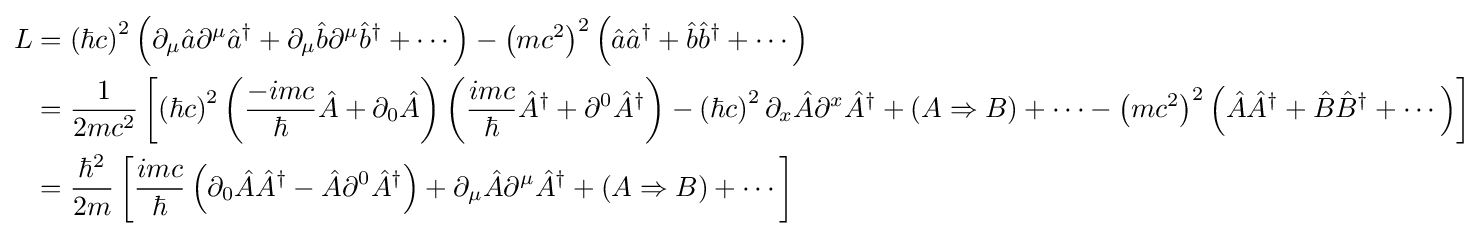
{\begin{aligned}L&=\left(\hbar c\right)^{2}\left(\partial _{\mu }{\hat {a}}\partial ^{\mu }{\hat {a}}^{\dagger }+\partial _{\mu }{\hat {b}}\partial ^{\mu }{\hat {b}}^{\dagger }+\cdots \right)-\left(mc^{2}\right)^{2}\left({\hat {a}}{\hat {a}}^{\dagger }+{\hat {b}}{\hat {b}}^{\dagger }+\cdots \right)\\&={\frac {1}{2mc^{2}}}\left[\left(\hbar c\right)^{2}\left({\frac {-imc}{\hbar }}{\hat {A}}+\partial _{0}{\hat {A}}\right)\left({\frac {imc}{\hbar }}{\hat {A}}^{\dagger }+\partial ^{0}{\hat {A}}^{\dagger }\right)-\left(\hbar c\right)^{2}\partial _{x}{\hat {A}}\partial ^{x}{\hat {A}}^{\dagger }+(A\Rightarrow B)+\cdots -\left(mc^{2}\right)^{2}\left({\hat {A}}{\hat {A}}^{\dagger }+{\hat {B}}{\hat {B}}^{\dagger }+\cdots \right)\right]\\&={\frac {\hbar ^{2}}{2m}}\left[{\frac {imc}{\hbar }}\left(\partial _{0}{\hat {A}}{\hat {A}}^{\dagger }-{\hat {A}}\partial ^{0}{\hat {A}}^{\dagger }\right)+\partial _{\mu }{\hat {A}}\partial ^{\mu }{\hat {A}}^{\dagger }+(A\Rightarrow B)+\cdots \right]\end{aligned}}